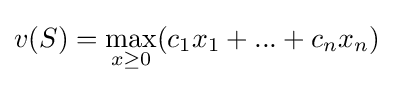
v(S)=\max _{x\geq 0}(c_{1}x_{1}+...+c_{n}x_{n})